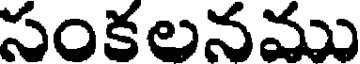
సంకలనము